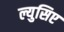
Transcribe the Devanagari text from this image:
ल्युसिए